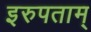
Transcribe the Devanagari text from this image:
इरुपताम्